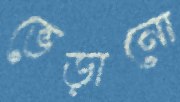
ভেড়ানো